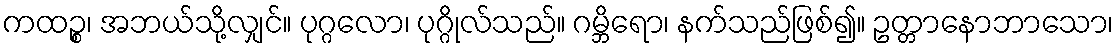
ကထဉ္စ၊ အဘယ်သို့လျှင်။ ပုဂ္ဂလော၊ ပုဂ္ဂိုလ်သည်။ ဂမ္ဘိရော၊ နက်သည်ဖြစ်၍။ ဥတ္တာနောဘာသော၊